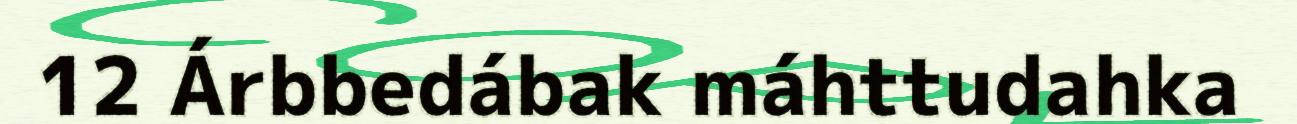
12 Árbbedábak máhttudahka